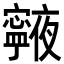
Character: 𭔧